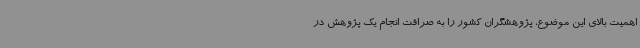
اهمیت بالای این موضوع، پژوهشگران کشور را به صرافت انجام یک پژوهش در